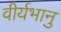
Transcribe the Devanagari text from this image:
वीर्यभानु